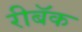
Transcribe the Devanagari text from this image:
रीबॅक